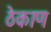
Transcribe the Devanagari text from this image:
ठेकाण